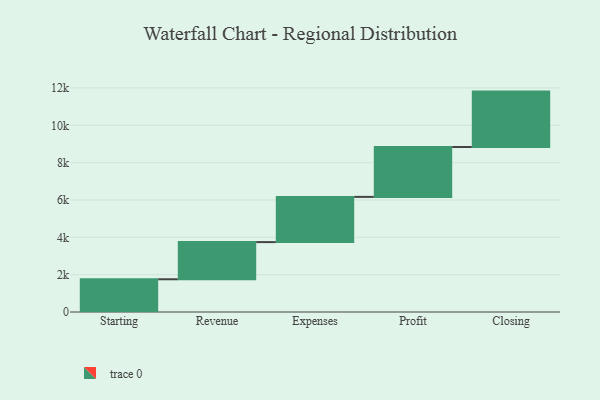
{"axis": {"x": "Step", "y": "Value"}, "legend": [""], "data": [{"x": "Starting", "y": 1753.0, "type": ""}, {"x": "Revenue", "y": 1991.0, "type": ""}, {"x": "Expenses", "y": 2422.0, "type": ""}, {"x": "Profit", "y": 2672.0, "type": ""}, {"x": "Closing", "y": 2967.0, "type": ""}]}